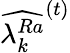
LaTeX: \widehat{\lambda_{k}^{Ra}}^{(t)}